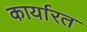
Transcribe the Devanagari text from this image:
कार्यारत